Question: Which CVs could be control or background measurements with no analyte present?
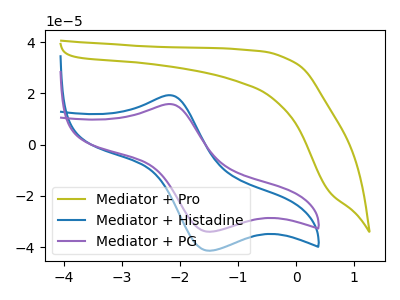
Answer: <think>The olive curve "Mediator + Pro" has no peaks. The blue curve "Mediator + Histadine" has an anodic peak at (-2.15V, 19.30uA) and a cathodic peak at (-1.50V, -41.45uA). The purple curve "Mediator + PG" has an anodic peak at (-2.15V, 15.85uA) and a cathodic peak at (-1.50V, -34.05uA).</think>
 <answer>"Mediator + Pro" is likely to be a blank.</answer>
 <eval>Mediator + Pro</eval>